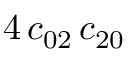
4 \, c _ { 0 2 } \, c _ { 2 0 }